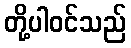
တို့ပါဝင်သည်